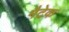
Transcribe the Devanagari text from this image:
मैटेक